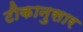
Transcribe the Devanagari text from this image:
टीकानुसार